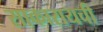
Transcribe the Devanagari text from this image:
साकारायची